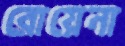
রোয়েনা